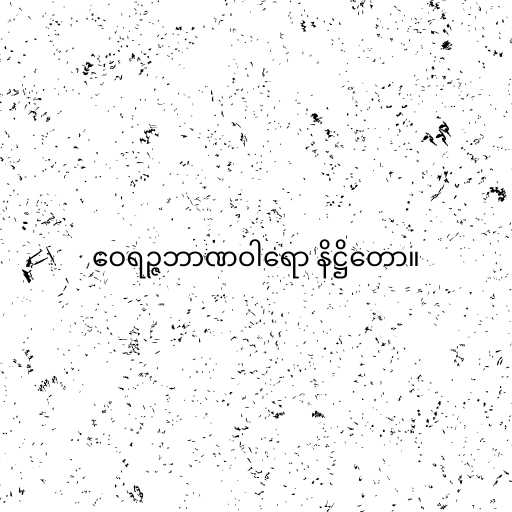
ဝေရဉ္ဇဘာဏဝါရော နိဋ္ဌိတော။